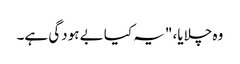
وہ چلایا، "یہ کیا بے ہودگی ہے۔